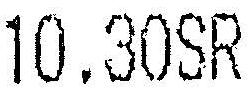
10.30SR